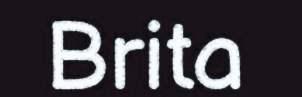
Brita